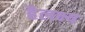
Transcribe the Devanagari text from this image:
हैलक्ष्य